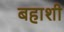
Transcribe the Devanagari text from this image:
बहाशी